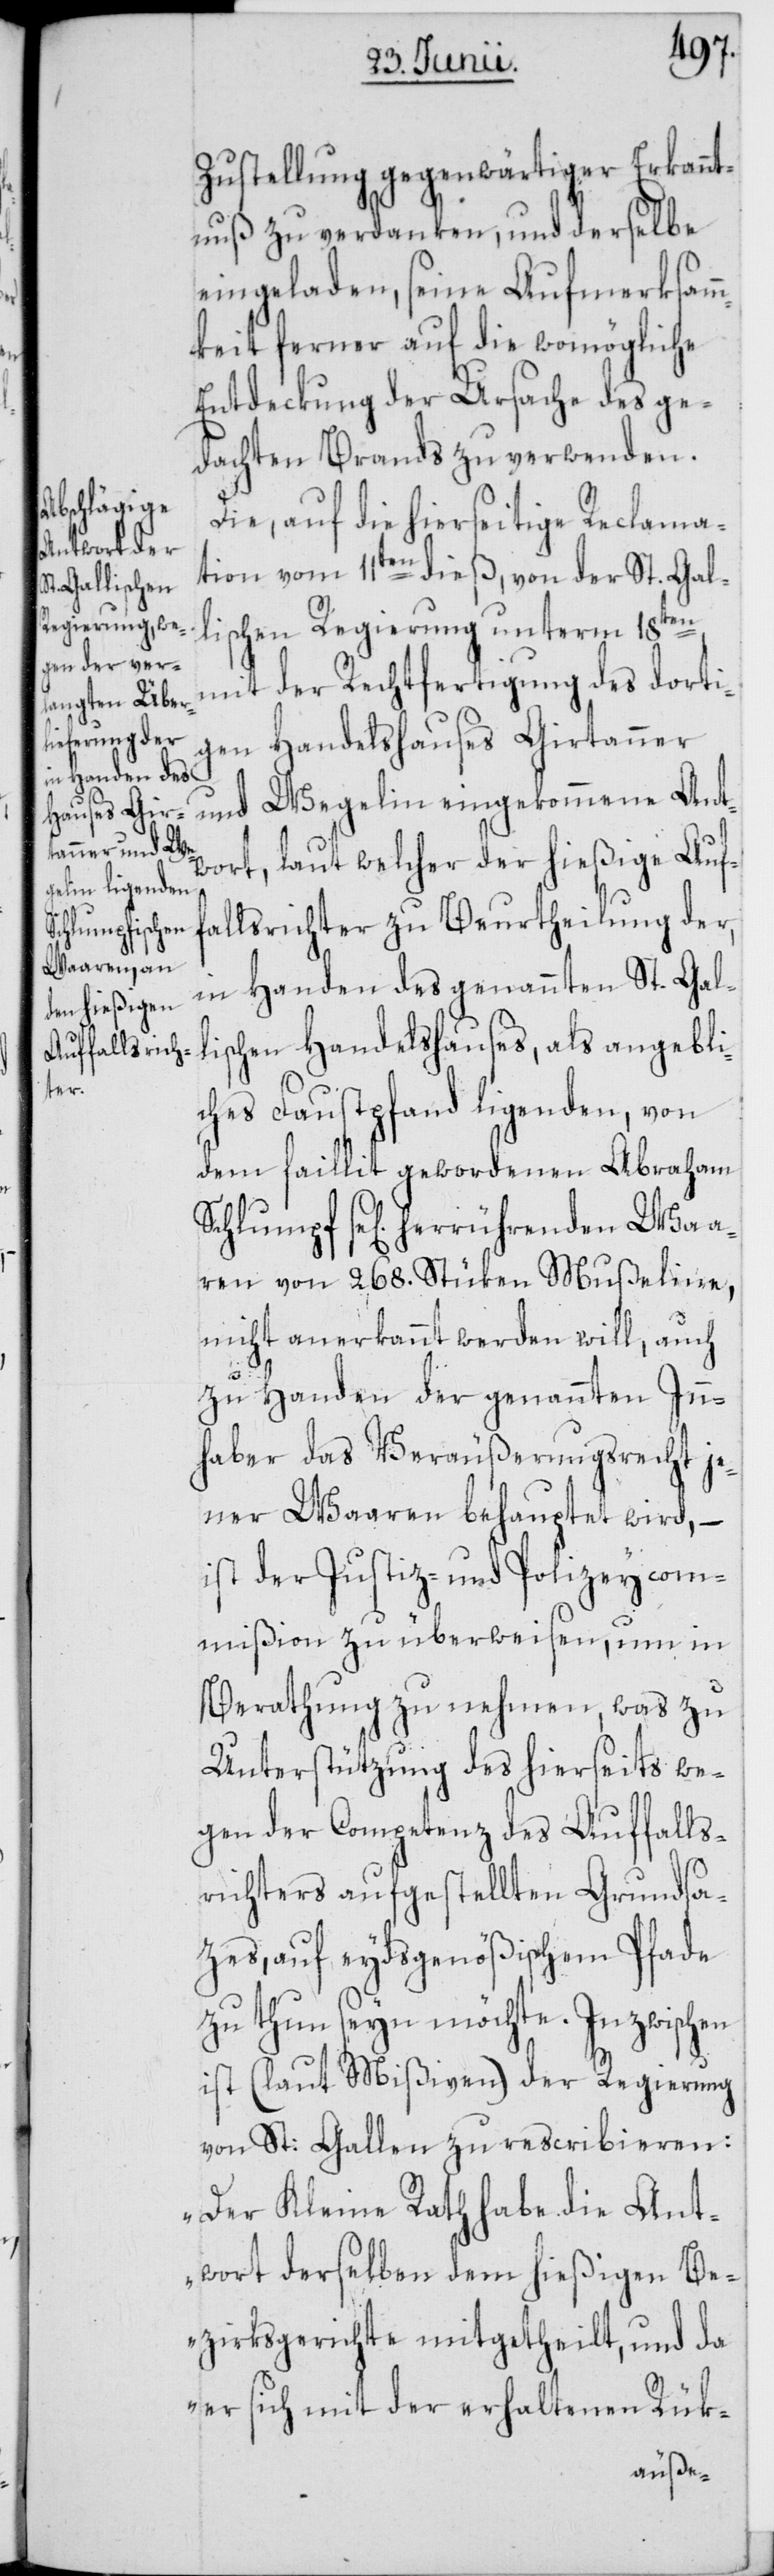
Zustellung gegenwärtiger Erkannt¬
nuß zu verdanken, und derselbe
eingeladen, seine Aufmerksam¬
mkeit ferner auf die womögliche
Entdekung der Ursache des ge¬
dachten Brands zu verwenden.
Die, auf die hierseitige Reclama¬
tion vom 11ten dieß, von der St. Gal¬
lischen Regierung unterm 18ten
mit der Rechtfertigung des dorti¬
Handelshauses Girtanner
gen
Wegelin eingekommene Ant¬
und
wort, laut welcher der hießige Auf¬
fallsrichter zu Beurtheilung der,
in Handen des genannten St. Gal¬
lischen Handelshauses, als angebli¬
ches Faustpfand ligenden, von
dem faillit gewordenen Abraham
Schlumpf se[lig] herrührenden Waa¬
ren von 268. Stüken Mußeline,
nicht anerkannt werden will, auch
zu Handen der genannten Inn¬
haber das Veräußerungsrecht je¬
ner Waaren behauptet wird, –
ist der Justiz- und Polizeyco¬
mmißion zu überweisen, um in
Berathung zu nehmen, was zu
Unterstützung des hierseits we¬
gen der Competenz des Auffalls¬
richters aufgestellten Grundsa¬
tzes, auf eydsgenößischem Pfade
zu thun seyn möchte. Inzwischen
ist (laut Mißiven) der Regierung
von St: Gallen zu rescribieren:
„Der Kleine Rath habe die Ant¬
wort derselben dem hießigen Be¬
zirksgerichte mitgetheilt, und da
er sich mit der erhaltenen Rük-